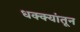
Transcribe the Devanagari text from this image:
धक्क्यांतून